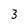
Character: 3